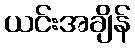
ယင်းအချိန်